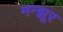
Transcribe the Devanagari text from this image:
मन्झूर